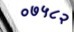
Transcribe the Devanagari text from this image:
०७५८२